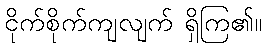
ငိုက်စိုက်ကျလျက် ရှိကြ၏။